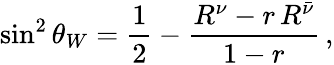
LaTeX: \sin^{2}\theta_{W}=\frac{1}{2}-\frac{R^{\nu}-r\, R^{\bar{\nu}}}{1-r}\, ,